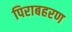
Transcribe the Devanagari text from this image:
पिराबहरण